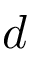
d